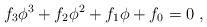
LaTeX: \begin{align*}f_3 \phi^3 + f_2 \phi^2 +f_1 \phi + f_0 = 0\ , \end{align*}